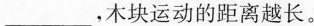
___，木块运动的距离越长。